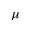
\mu